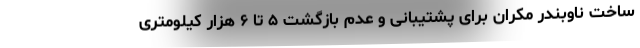
ساخت ناوبندر مکران برای پشتیبانی و عدم بازگشت ۵ تا ۶ هزار کیلومتری